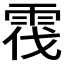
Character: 𲉷